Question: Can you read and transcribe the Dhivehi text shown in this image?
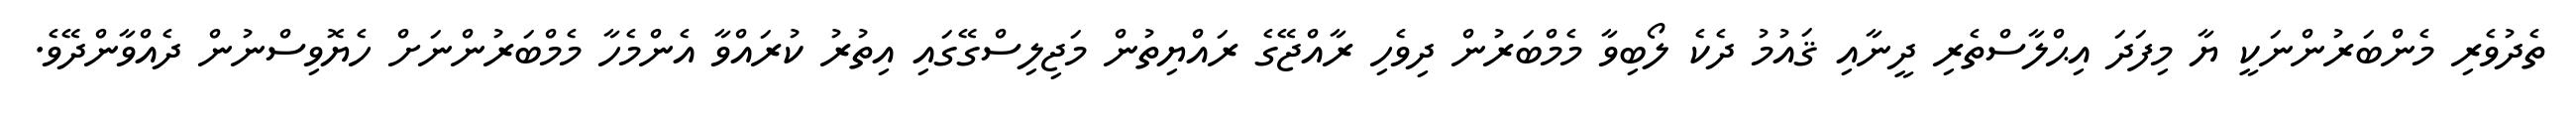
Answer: ތެދުވެރި މެންބަރުންނަކީ ޔާ މިފަދަ އިޙްލާސްތެރި ދީނާއި ޤައުމު ދެކެ ލޯބިވާ މެމްބަރުން ދިވެހި ރާއްޖޭގެ ރައްޔިތުން މަޖިލިސްގޭގައި އިތުރު ކުރައްވާ އެންމެހާ މެމްބަރުންނަށް ހެޔޮވިސްނުން ދެއްވާންދޭވެ.